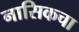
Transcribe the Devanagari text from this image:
नासिकचा